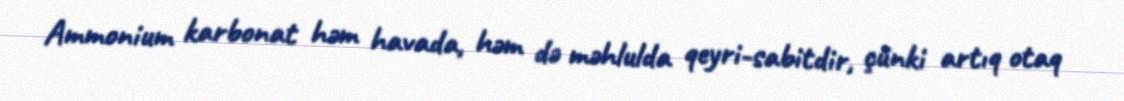
Ammonium karbonat həm havada, həm də məhlulda qeyri-sabitdir, çünki artıq otaq